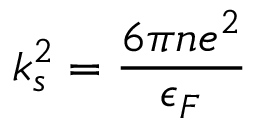
k _ { s } ^ { 2 } = { \frac { 6 \pi n e ^ { 2 } } { \epsilon _ { F } } }